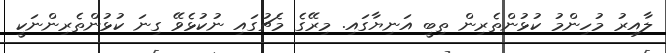
ލާއިރު މުހިންމު ކުޅުންތެރިން ތިބީ އަނިޔާގައި. މިރޭގެ މެޗުގައި ނުކުޅެވޭ ގިނަ ކުޅުންތެރިންނަކީ